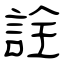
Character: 詮